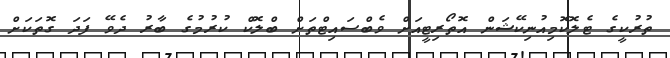
ތުރުކީގެ ޓެލޮކޮމިއުނިކޭޝަން އޮތޯރިޓީއަށް ވެބްސައިޓްތަށް ބްލޮކް ކުރުމުގެ ބާރު ދެވޭ ފަދަ ގޮތަކަށް